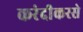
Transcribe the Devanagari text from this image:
करंदीकरसे